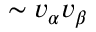
\sim v _ { \alpha } v _ { \beta }